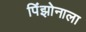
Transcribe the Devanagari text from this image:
पिंझोनाला